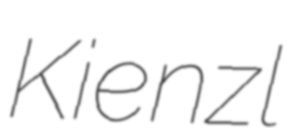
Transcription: Kienzl